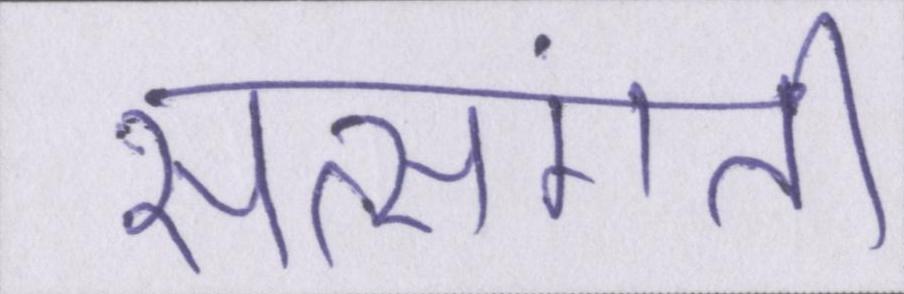
सत्संगति